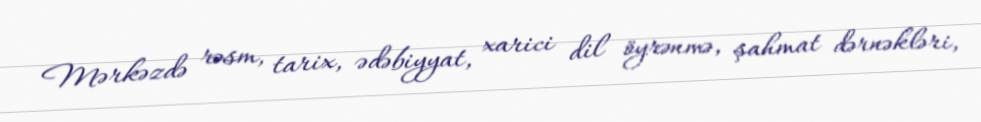
Mərkəzdə rəsm, tarix, ədəbiyyat, xarici dil öyrənmə, şahmat dərnəkləri,